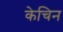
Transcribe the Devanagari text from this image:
केचिन